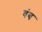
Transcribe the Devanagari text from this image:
वंब